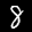
Label: 8